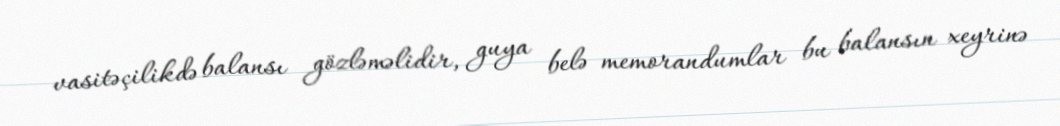
vasitəçilikdə balansı gözləməlidir, guya belə memorandumlar bu balansın xeyrinə